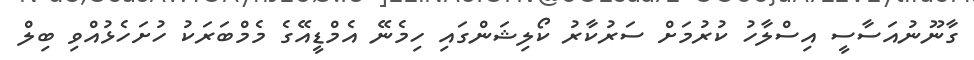
ގާނޫނުއަސާސީ އިސްލާހު ކުރުމަށް ސަރުކާރު ކޯލިޝަންގައި ހިމެނޭ އެމްޑީއޭގެ މެމްބަރަކު ހުށަހެޅުއްވި ބިލް